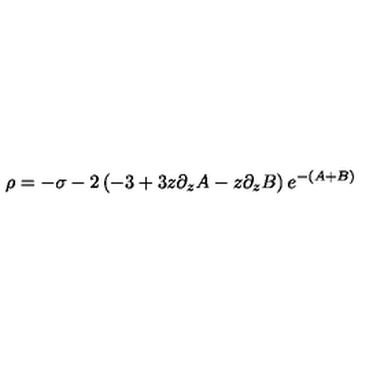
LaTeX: \rho = - \sigma - 2 \left( - 3 + 3 z \partial _ { z } A - z \partial _ { z } B \right) e ^ { - ( A + B ) }